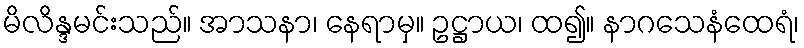
မိလိန္ဒမင်းသည်။ အာသနာ၊ နေရာမှ။ ဥဋ္ဌာယ၊ ထ၍။ နာဂသေနံထေရံ၊